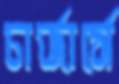
চার্জার্সে